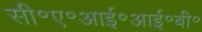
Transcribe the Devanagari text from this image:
सी॰ए॰आई॰आई॰बी॰